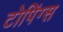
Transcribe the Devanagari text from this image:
टोपिंग्स